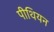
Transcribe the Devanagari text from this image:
पीथियन